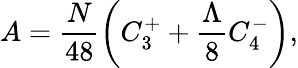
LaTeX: A=\frac{N}{48}\left(C_{3}^{+}+\frac{\Lambda}{8}C_{4}^{-}\right),